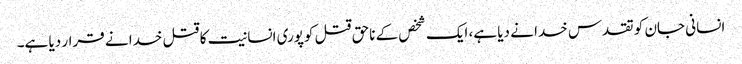
انسانی جان کو تقدس خدا نے دیا ہے، ایک شخص کے ناحق قتل کوپوری انسانیت کا قتل خدا نے قرار دیا ہے۔